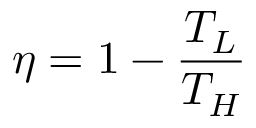
\eta = 1 - { \frac { T _ { L } } { T _ { H } } }